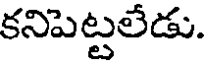
కనిపెట్టలేడు.